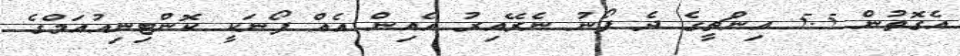
އެގޮތުން 5.5 އިންޗީގެ ދެ ފޯނު ނެރޭއިރު އެއިން އެއް ފޯނަކީ ކޮންޓިނިއުއަމްގެ